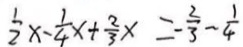
\frac { 1 } { 2 } x - \frac { 1 } { 4 } x + \frac { 2 } { 3 } x = - \frac { 2 } { 3 } - \frac { 1 } { 4 }